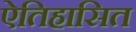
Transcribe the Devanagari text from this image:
ऐतिहासित